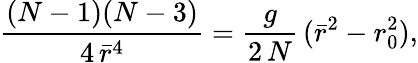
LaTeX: \frac{(N-1)(N-3)}{4\, \bar{r}^{4}}=\frac{g}{2\, N}\, (\bar{r}^{2}-r_{0}^{2}),